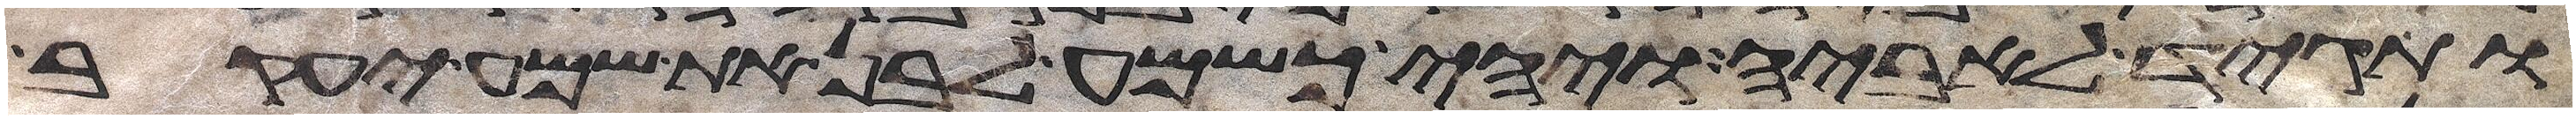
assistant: ותגד לאביה ויהי כשמע לבן את שמע יעקב